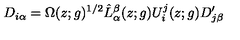
D _ { i \alpha } = \Omega ( z ; g ) ^ { 1 / 2 } \hat { L } _ { \alpha } ^ { \beta } ( z ; g ) U _ { i } ^ { j } ( z ; g ) D _ { j \beta } ^ { \prime }